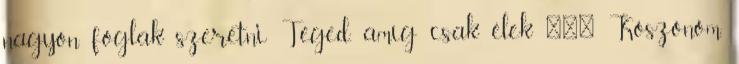
nagyon foglak szeretni Téged, amíg csak élek ❤❤❤ Köszönöm,